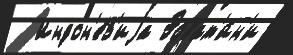
  Индон'е́з'иjа Эсват'и́н'и